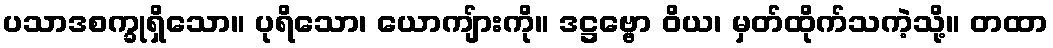
ပသာဒစက္ခုရှိသော။ ပုရိသော၊ ယောကျ်ားကို။ ဒဋ္ဌဗ္ဗော ဝိယ၊ မှတ်ထိုက်သကဲ့သို့။ တထာ